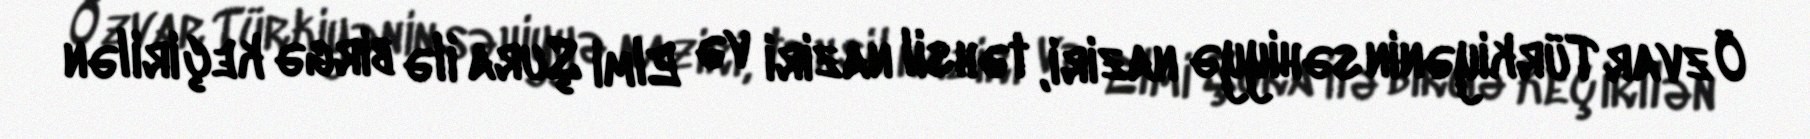
Özvar Türkiyənin səhiyyə naziri, təhsil naziri və Elmi Şura ilə birgə keçirilən